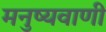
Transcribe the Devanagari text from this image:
मनुष्यवाणी